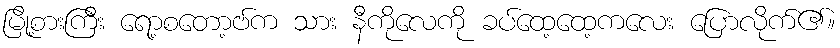
မြို့စားကြီး ရော့စတော့ဗ်က သား နီကိုလေကို ခပ်ထေ့ထေ့ကလေး ပြောလိုက်၏။